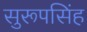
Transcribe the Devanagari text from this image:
सुरूपसिंह